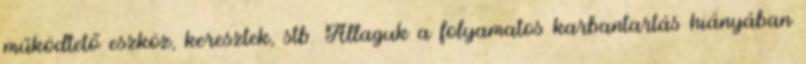
működtető eszköz, keresztek, stb. Állaguk a folyamatos karbantartás hiányában